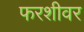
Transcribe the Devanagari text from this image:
फरशीवर